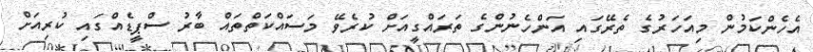
އެހެންކަމުން މިއަހަރުގެ ތެރޭގައި އަންހެނުންގެ ތަރައްގީއަށް ކުރެވޭ މަސައްކަތްތައް ބާރު ސްޕީޑެއްގައި ކުރިއަށް